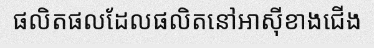
ផលិតផលដែលផលិតនៅអាស៊ីខាងជើង